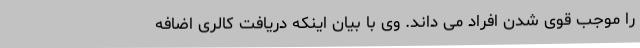
را موجب قوی شدن افراد می داند. وی با بیان اینکه دریافت کالری اضافه